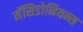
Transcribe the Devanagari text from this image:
मॅसिडोनियन्स